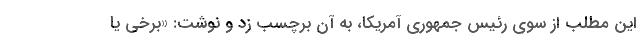
این مطلب از سوی رئیس جمهوری آمریکا، به آن برچسب زد و نوشت: «برخی یا